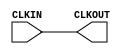
///////////////////////////////////////////////////////
//  Copyright (c) 2011 Xilinx Inc.
//  All Right Reserved.
///////////////////////////////////////////////////////
//
//   ____   ___
//  /   /\/   / 
// /___/  \  /     Vendor      : Xilinx 
// \  \    \/      Version : 10.1
//  \  \           Description : 
//  /  /                      
// /__/   /\       Filename    : BUFG_LB.v
// \  \  /  \ 
//  \__\/\__ \                    
//                                 
//  Generated by :	/home/unified/patrickp/HEAD/env/Databases/CAEInterfaces/LibraryWriters/bin/ltw.pl
//  Revision:		1.0
//    11/15/11 - 634082 - connected ouput.
//    05/22/12 - 661573 - remove 100 ps delay on output.
//  End Revision
///////////////////////////////////////////////////////

`timescale 1 ps / 1 ps 

module BUFG_LB (
  CLKOUT,

  CLKIN
);


  output CLKOUT;

  input CLKIN;

  initial begin
  end

  buf B_CLKOUT (CLKOUT, CLKIN);

  specify
    ( CLKIN *> CLKOUT) = (0, 0);

    specparam PATHPULSE$ = 0;
  endspecify
endmodule